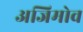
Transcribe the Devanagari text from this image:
अजिमोव